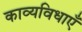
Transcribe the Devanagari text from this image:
काव्यविधाएँ